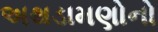
અથડામણોનો